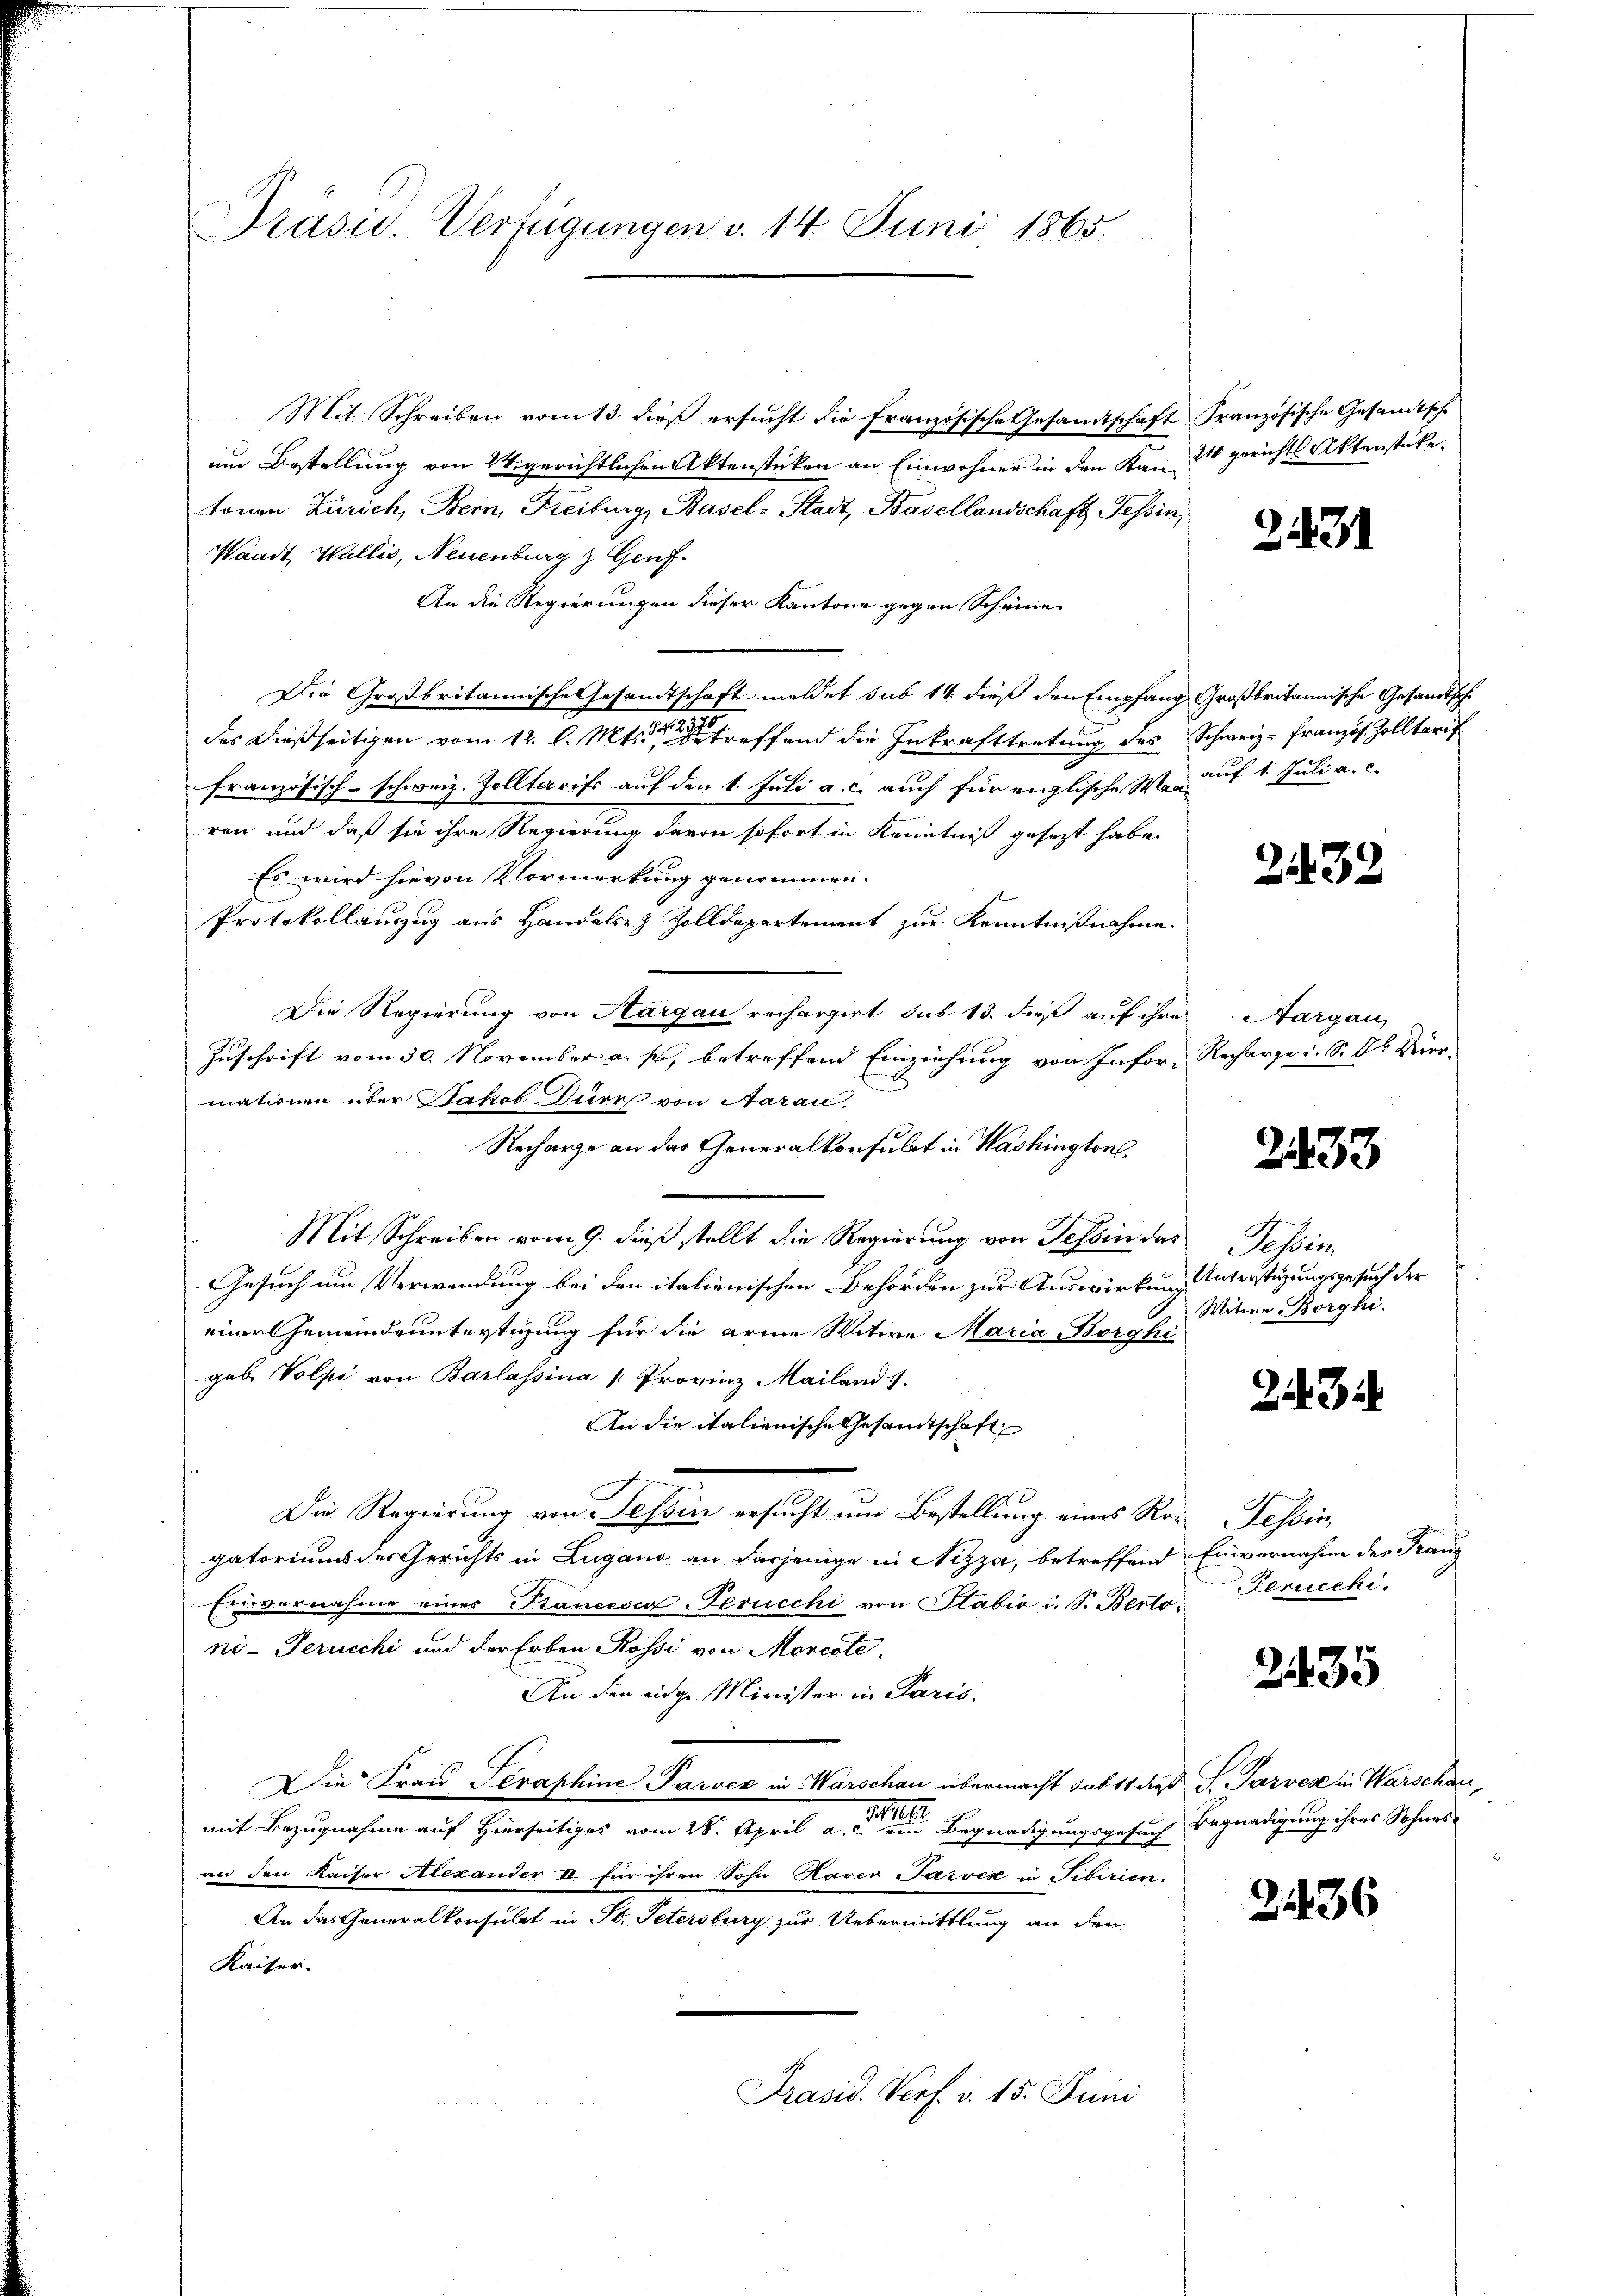
Präsid. Verfügungen v. 14. Juni 1865.

Mit Schreiben vom 13. dieß ersucht die französische Gesamtschaft Französische Gesandtsche
um Bestellung von 2 tigerichtlichen Aktenstücken an Einwohner in den Kantonen Zürich, Bern, Freiburg, Basel-Stadt, Basellandschaft, Tessin,
Waadt, Wallis, Neuenburg z. Genf
An die Regierungen dieser Kantone gegen Scheine
Die Großbritannische Gesandtschaft meldet sub 14. dieß den Empfang Großbritannische Gesandtsche
des dießseitigen vom 12. l. Mts. betreffend die Inkrafttretung des Schweiz. Französ. Zolltarif
französisch-schweiz. Zolltarifs auf den 1. Juli a. c. auch für englische Was auf 1. Juli a. c.
ren und daß sie ihre Regierung davon sofort in Kenntniß gesezt habe.
Es wird hievon Vormerkung genommen.
Protokollanzug aus Handels- & Zolldepartement zur Kenntnißnahme.
Die Regierung von Aargau rechargiet sub 13. dieß auf ihre
Zuschrift vom 30. November a. s., betreffend Einziehung von Infor- Recharge i. S. Dr. Vier-
mationen über Jakob Dürr von Aarau
Recharge an das Generalkonsulat in Washington,
Mit Schreiben vom 9. dieß stellt die Regierung von Tessin das Tessin,
Gesuch um Verwendung bei den italienischen Behörden zur Auswirkung unterstüzungsgesuch der
einer Gemeindeuntertigung für die arme Witwe Maria Borghi
geb. Volpi von Barlassina [Provinz Mailands
An die italienische Gesamtschaft
Die Regierung von Tessin ersucht um Bestellung eines Rogatoriums der Gerichts in Zugano an dasjenige in Nizza, betreffend Einvernahme des Franz
Einvernahme eines Trancesca Serucchi von Stabio i. S. Bertoni-Perucchi und der Erben Rossi von Morcote,
An den eidge Minister in Paris.
Die Frau Teraphine Parver in Warschau übermacht sub 11 dieß S. Parves in Warschaue
mit Bezugnahme auf Hierseitiges vom 28. April a. c. ein Begnadigungsgesuch Begnadigung ihres Sohnes
an den Kaiser Alexander II für ihren Sohn Haver Sarver in Fibirien-
An das Generalkonsulat in St. Petersburg zur Uebermittlung an den
Kaiser
Präsid. Verf. v. 15. Juni

24 gericht Aktenstücke.

2431

2432

Aargau

2433

Witwe Borghi

2434

Tessin,
Ferucchi.

235

2136